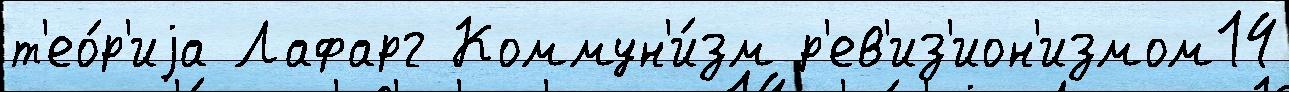
т'ео́р'иjа Лафарг Коммун'и́зм р'ев'из'ион'измом14